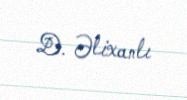
D. Əlixanlı